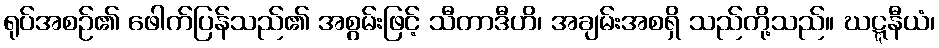
ရုပ်အစဉ်၏ ဖေါက်ပြန်သည်၏ အစွမ်းဖြင့် သီတာဒီဟိ၊ အချမ်းအစရှိ သည်တို့သည်။ ဃဋ္ဋနီယံ၊